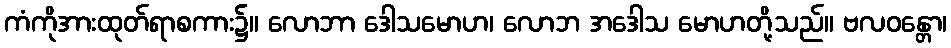
ကံကိုအားထုတ်ရာစကား၌။ လောဘာ ဒေါသမောဟ၊ လောဘ အဒေါသ မောဟတို့သည်။ ဗလဝန္တော၊